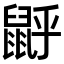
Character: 𪕉